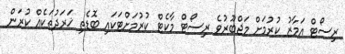
ރިސޯޓް އަމާޒު ކުރުމަށް މަޖްބޫރުވެ ރިސޯޓް މާކެޓް ކުރުމަށްޓަކައި ބޮޑެތި ޚަރަދުތަކެއް ކުރަން